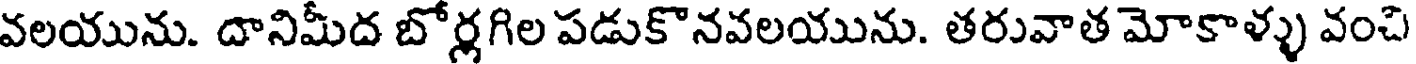
వలయును. దానిమీద బోర్లగిల పడుకొనవలయును. తరువాత మోకాళ్ళు వంచి